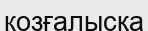
козғалысқа